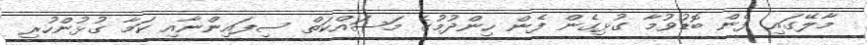
މާލޭގައި ފެން ބޮޑުވުމާ ގުޅިގެން ފެން ހިންދުމުގެ މަސައްކަތް ސިފައިންނާއި ކަމާ ގުޅުންހުރި